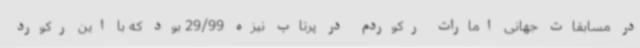
در مسابقات جهانی امارات رکوردم در پرتاب نیزه 29/99 بود که با این رکورد